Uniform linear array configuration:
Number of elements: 4
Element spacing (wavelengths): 0.5
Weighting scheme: exponential
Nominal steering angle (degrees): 0
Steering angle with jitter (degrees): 1.018
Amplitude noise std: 0.05
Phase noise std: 0.05

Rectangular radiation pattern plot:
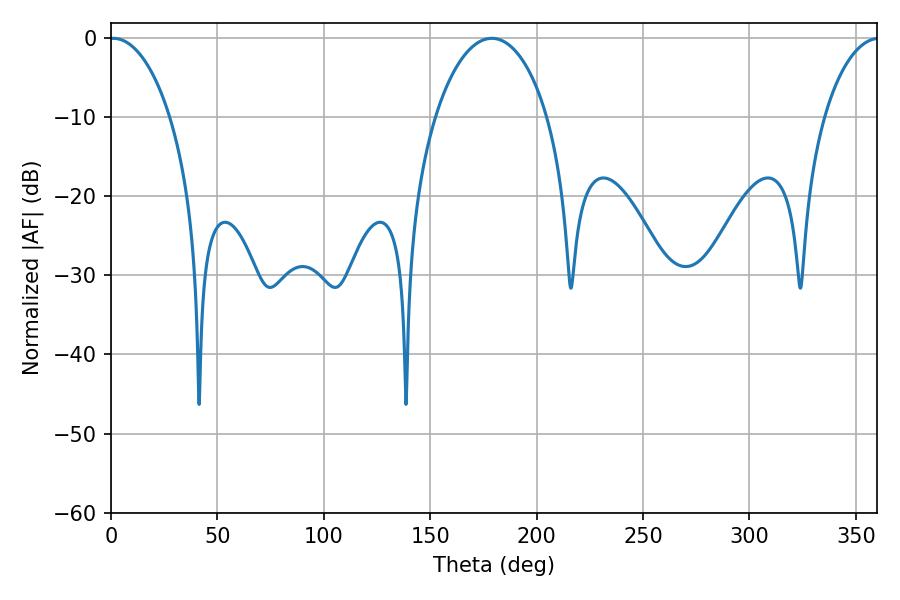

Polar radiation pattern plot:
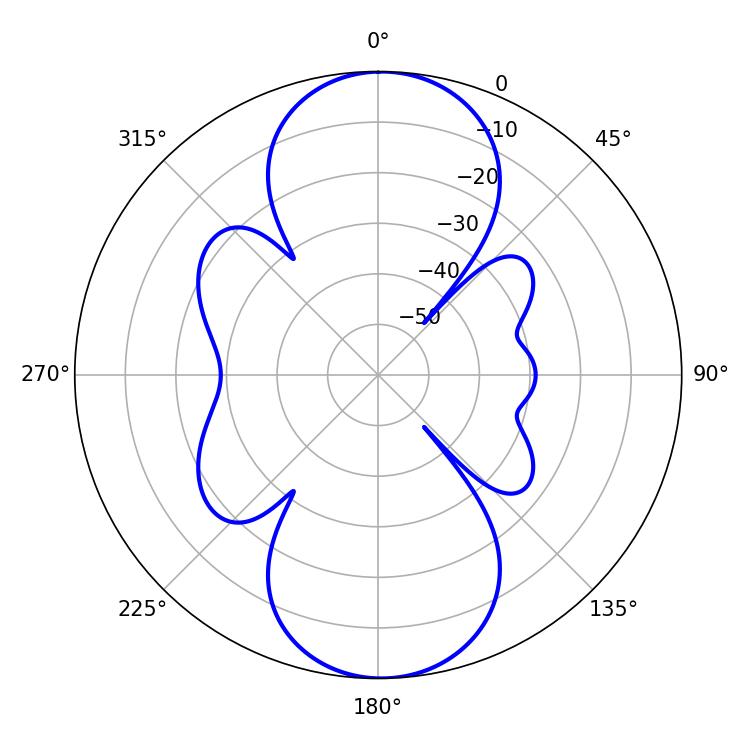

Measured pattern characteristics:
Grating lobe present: FALSE
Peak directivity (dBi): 21.209
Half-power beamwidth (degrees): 16.2
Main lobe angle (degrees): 1.08